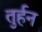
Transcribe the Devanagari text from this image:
तुर्हन